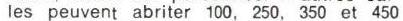
les peuvent abriter 100, 250, 350 et 450